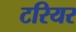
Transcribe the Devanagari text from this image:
टरियर